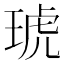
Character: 琥